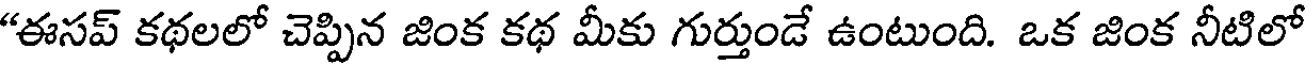
"ఈసప్ కథలలో చెప్పిన జింక కథ మీకు గుర్తుండే ఉంటుంది. ఒక జింక నీటిలో